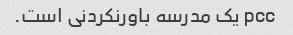
pcc یک مدرسه باورنکردنی است.